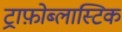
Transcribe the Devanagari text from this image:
ट्राफ़ोब्लास्टिक